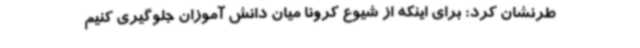
طرنشان کرد: برای اینکه از شیوع کرونا میان دانش آموزان جلوگیری کنیم